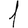
Digit: 1